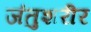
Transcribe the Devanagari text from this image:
जंतुशरीर